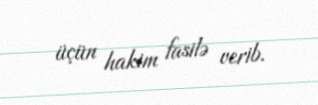
üçün hakim fasilə verib.